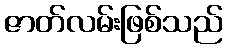
ဇာတ်လမ်းဖြစ်သည်